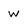
Character: W